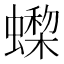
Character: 𧑇